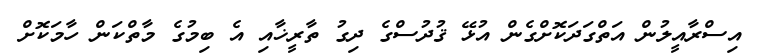
އިސްރާއީލުން އަތްގަދަކޮށްގެން އުޅޭ ޤުދުސްގެ ދިގު ތާރީޚާއި އެ ބިމުގެ މާތްކަން ހާމަކޮށް